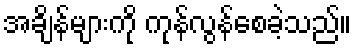
အချိန်များကို ကုန်လွန်စေခဲ့သည်။